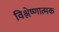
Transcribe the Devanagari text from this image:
विश्लेष्णात्मक